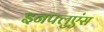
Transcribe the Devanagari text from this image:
इनफ्लुएंस